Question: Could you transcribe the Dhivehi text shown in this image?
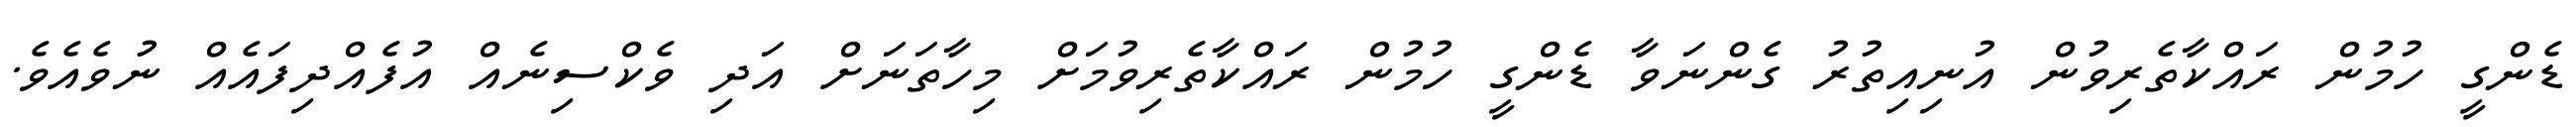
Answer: ޑެންގީ ހުމުން ރައްކާތެރިވުން އުނިއިތުރު ގެންނަވާ ޑެންގީ ހުމުން ރައްކާތެރިވުމަށް މިހާތަނަށް އަދި ވެކްސިނެއް އުފެއްދިފައެއް ނުވެއެވެ.